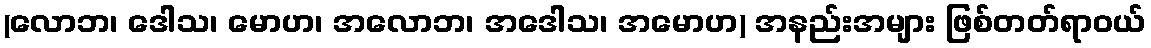
(လောဘ၊ ဒေါသ၊ မောဟ၊ အလောဘ၊ အဒေါသ၊ အမောဟ) အနည်းအများ ဖြစ်တတ်ရာဝယ်